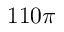
1 1 0 \pi